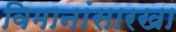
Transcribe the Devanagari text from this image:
विमानांसारखा